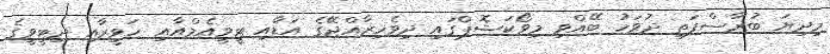
މިދިޔަ ބުރާސްފަތި ދުވަހު ބޭއްވި މިވޯކަޝޮޕްގައި ދިވެހިރާއްޖޭގެ އަޑާއި ޓީވީއެމްއާއި ހަވީރާއި ދިޓީވީގެ